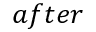
a f t e r